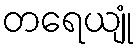
တရေယျုံ